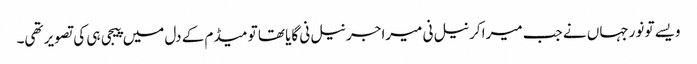
ویسے تو نورجہاں نے جب میرا کرنیل نی میرا جرنیل نی گایا تھا تو میڈم کے دل میں پیجی ہی کی تصویر تھی۔